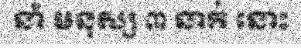
នាំ មនុស្ស ៣ នាក់ នោះ